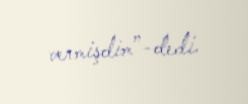
vermişdim”-dedi.